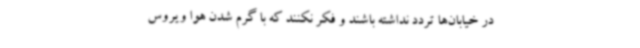
در خیابان‌ها تردد نداشته باشند و فکر نکنند که با گرم شدن هوا ویروس